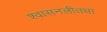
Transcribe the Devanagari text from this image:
श्वासनलीतथा